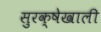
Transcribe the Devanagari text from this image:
सुरक्षेखाली